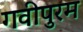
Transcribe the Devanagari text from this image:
गवीपुरम